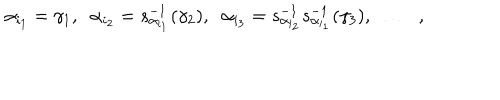
\alpha _ { i _ { 1 } } = \gamma _ { 1 } , \; \; \alpha _ { i _ { 2 } } = s _ { \alpha _ { i _ { 1 } } } ^ { - 1 } ( \gamma _ { 2 } ) , \; \; \alpha _ { i _ { 3 } } = s _ { \alpha _ { i _ { 2 } } } ^ { - 1 } s _ { \alpha _ { i _ { 1 } } } ^ { - 1 } ( \gamma _ { 3 } ) , \; \; \ldots \; \; ,